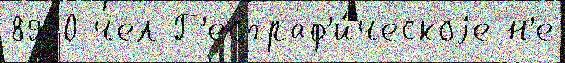
8900 чел Г'еограф'и́ческоjе н'е